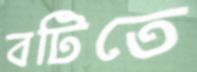
বটিতে